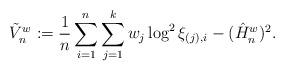
LaTeX: \begin{align*}\tilde{V}_n^w := \frac{1}{n} \sum_{i=1}^n \sum_{j=1}^k w_j \log^2 \xi_{(j),i} - (\hat{H}_n^w)^2.\end{align*}